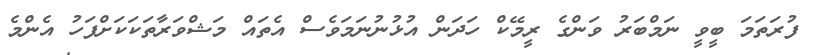
ފުރަތަމަ ބީވީ ނަމްބަރު ވަންގެ ރީމޭކް ހަދަން އުޅުނުނަމަވެސް އެތައް މަޝްވަރާތަކަކަށްފަހު އެންމެ